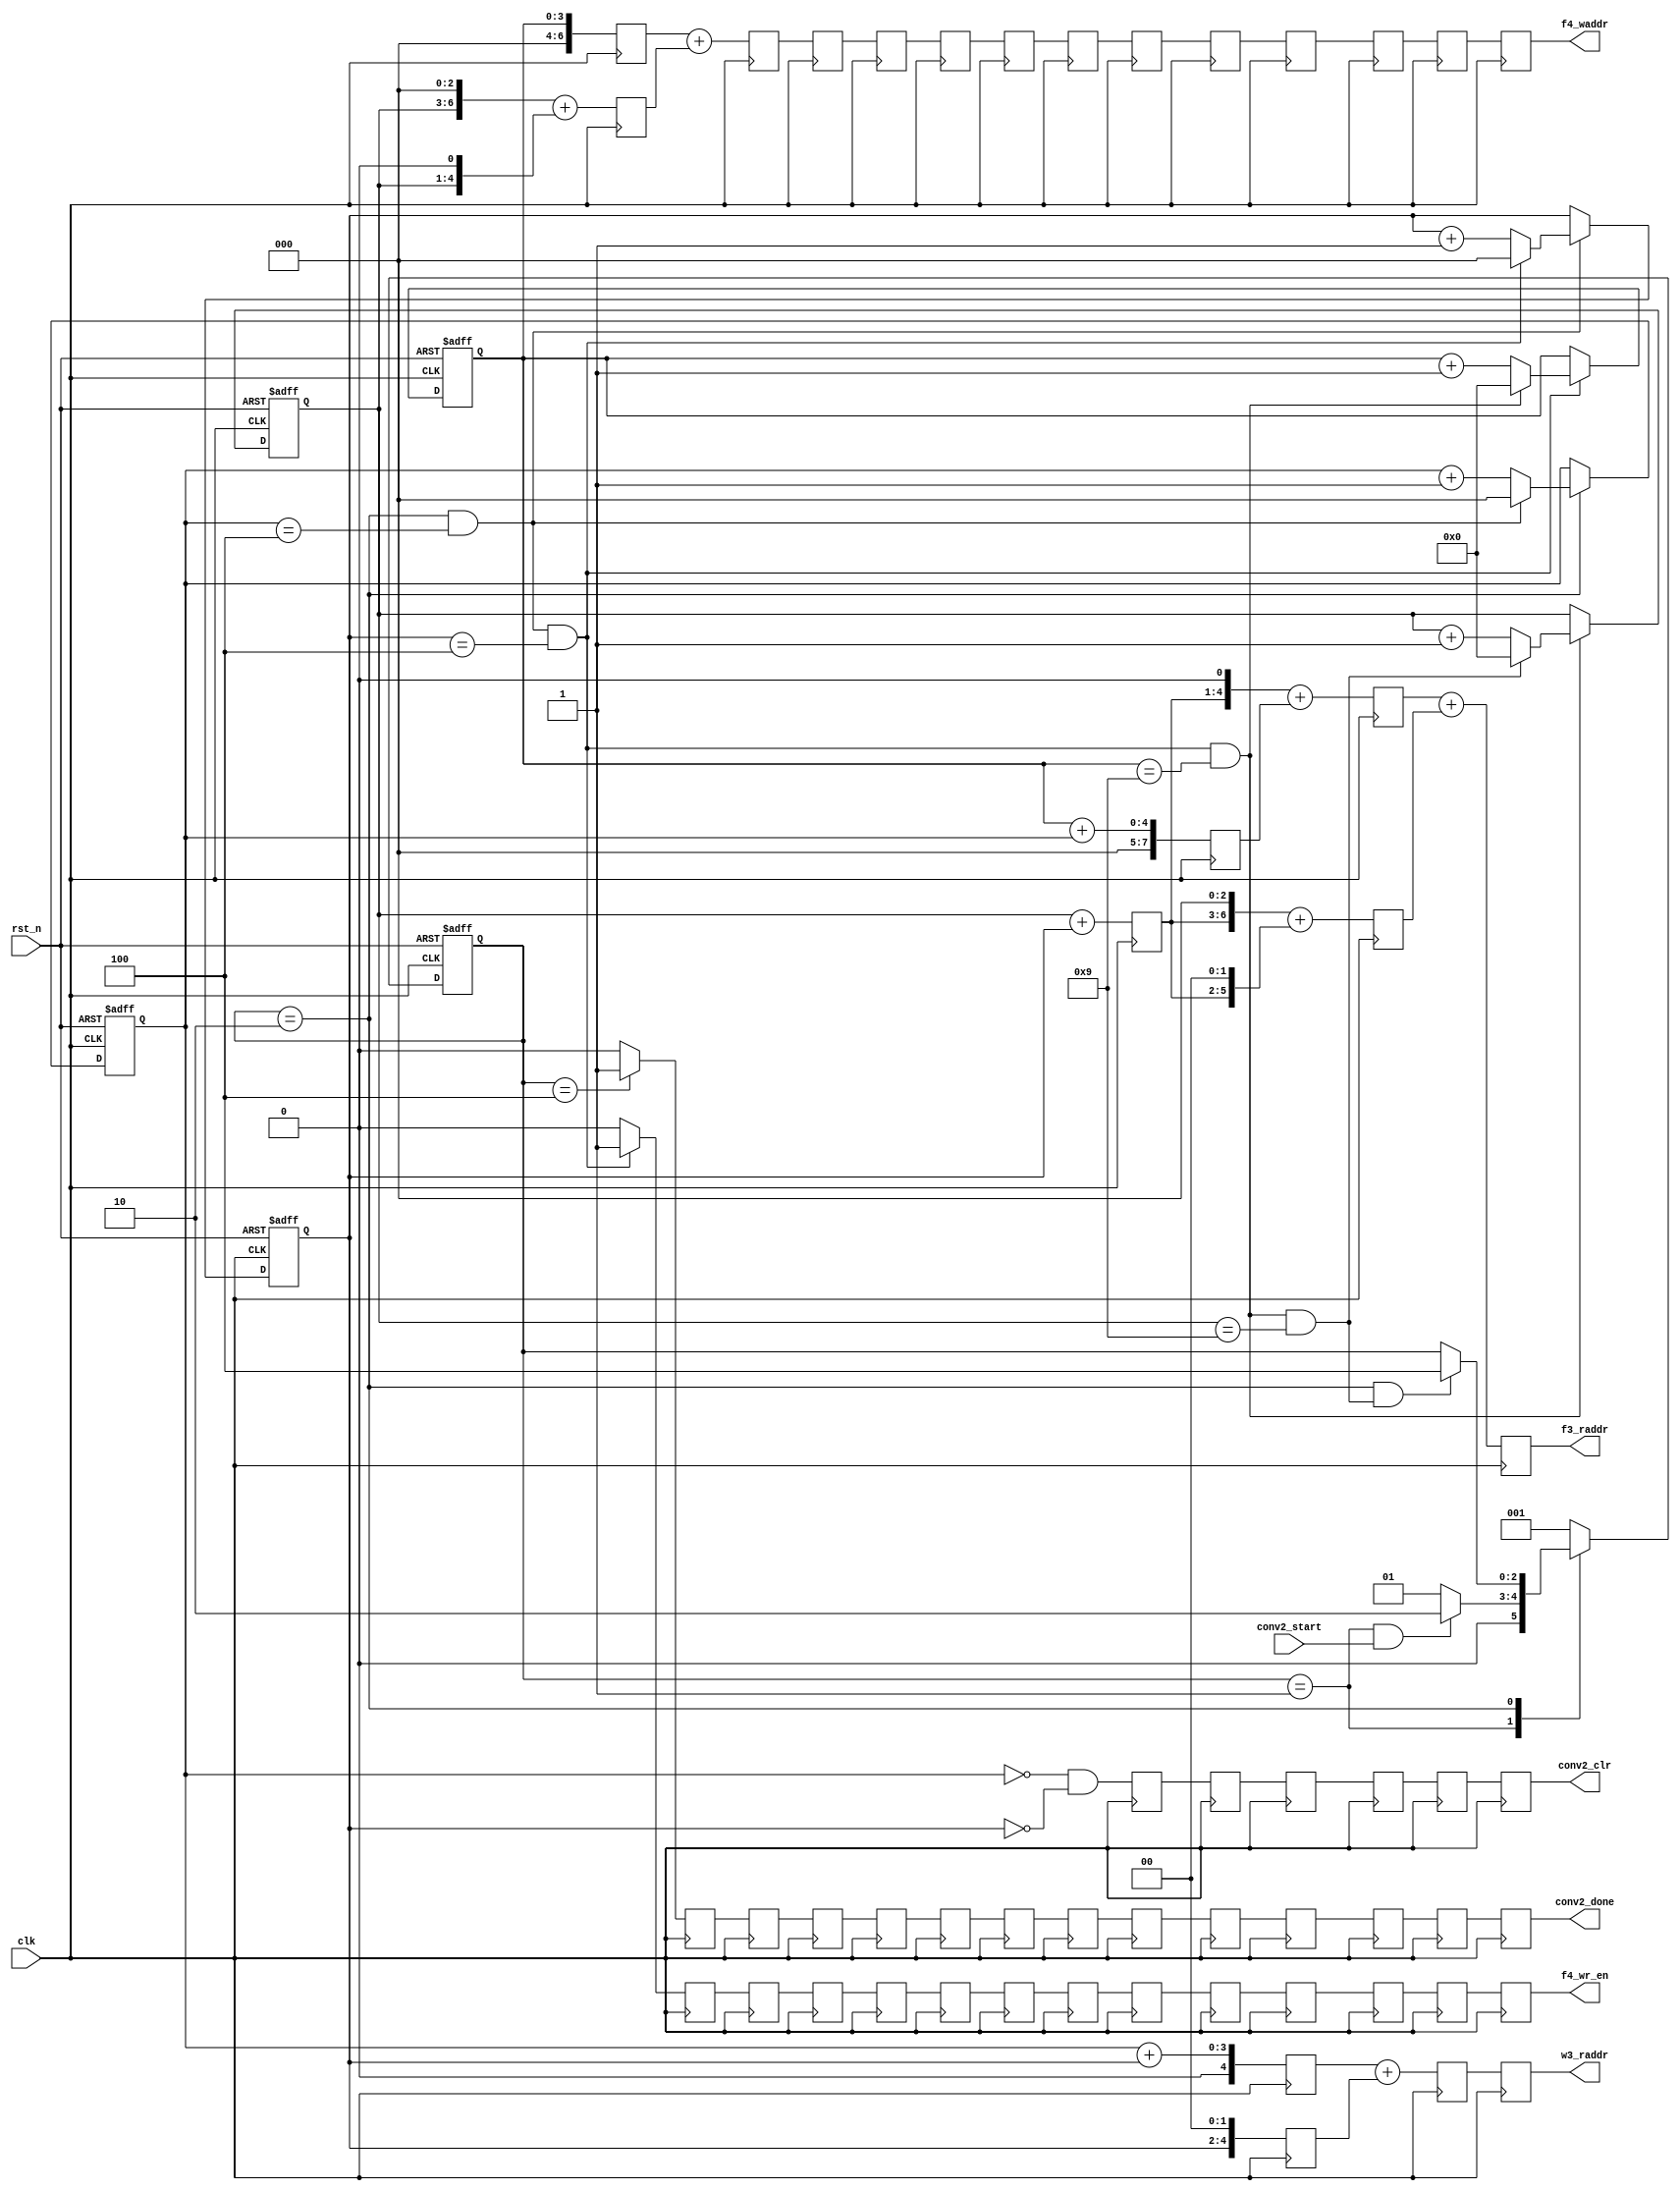
//==================================================================================================
//  Revision      : 
//  Company       : UESTC
//
//  Description   : Conv 2nd Layer Control Module.  Generate Read&Write Addr and Related Control 
//					Signals.
//
//==================================================================================================

module conv2_ctrl(/*autoport*/
//output
			w3_raddr,
			f3_raddr,
			f4_waddr,
			f4_wr_en,
			conv2_done,
			conv2_clr,
//input
			clk,
			rst_n,
			conv2_start);
	input  clk;
	input  rst_n;


	//Input Weight and Feature Read Addr
	output  [4:0] w3_raddr;
	output  [7:0] f3_raddr;

	//Output Feature Write Addr and Write Enable
	output  [6:0] f4_waddr;
	output        f4_wr_en;

	//Control Signal
	input         conv2_start;
	output        conv2_clr;
	output        conv2_done;

	localparam	IDLE=3'b001;
	localparam  RUN =3'b010;
	localparam  DONE=3'b100;
	reg[2:0] current_state;
	reg[2:0] next_state;

	reg[2:0] cnt0,cnt1;
	reg[3:0] cnt2,cnt3;
	wire add_cnt0,end_cnt0,add_cnt1,add_cnt2,end_cnt2,end_cnt1,add_cnt3,end_cnt3;

	wire IDLE2RUN_start,RUN2DONE_start;

	always@(posedge clk or negedge rst_n)begin
		if(!rst_n)
			current_state <= IDLE;
		else
			current_state <= next_state;
	end

	always@(*) begin
		case(current_state)
			IDLE:begin
				if(IDLE2RUN_start)
					next_state = RUN;
				else
					next_state = IDLE;
			end
			RUN:begin
				if(RUN2DONE_start)
					next_state = DONE;
				else begin
					next_state = current_state;
				end
			end
			DONE:begin
				next_state = IDLE;
			end
			default: next_state = IDLE;	
		endcase
	end

	assign IDLE2RUN_start = current_state==IDLE && conv2_start == 1'b1;
	assign RUN2DONE_start = current_state==RUN  && end_cnt3;

//cnt0 kernel column
	always @(posedge clk or negedge rst_n) begin
		if (!rst_n) begin
			// reset
			cnt0 <= 0;	
		end
		else if (add_cnt0) begin
			if(end_cnt0)
				cnt0 <= 0;
			else begin
				cnt0 <= cnt0 + 1'b1;
			end
		end
	end

	assign add_cnt0 = current_state==RUN;
	assign end_cnt0 = add_cnt0 && cnt0 == 5-1;	

//cnt1 kernel row
	always @(posedge clk or negedge rst_n) begin
		if (!rst_n) begin
			// reset
			cnt1 <= 0;	
		end
		else if (add_cnt1) begin
			if(end_cnt1)
				cnt1 <= 0;
			else begin
				cnt1 <= cnt1 + 1'b1;
			end
		end
	end

	assign add_cnt1 = end_cnt0;
	assign end_cnt1 = add_cnt1 && cnt1 == 5-1;

//cnt2:Feature column
	always @(posedge clk or negedge rst_n) begin
		if (!rst_n) begin
			// reset
			cnt2 <= 0;	
		end
		else if (add_cnt2) begin
			if(end_cnt2)
				cnt2 <= 0;
			else begin
				cnt2 <= cnt2 + 1'b1;
			end
		end

	end

	assign add_cnt2 = end_cnt1;
	assign end_cnt2 = add_cnt2 && cnt2 == 10-1;

//cnt3:Feature row
	always @(posedge clk or negedge rst_n) begin
		if (!rst_n) begin
			// reset
			cnt3 <= 0;	
		end
		else if (add_cnt3) begin
			if(end_cnt3)
				cnt3 <= 0;
			else begin
				cnt3 <= cnt3 + 1'b1;
			end
		end

	end

	assign add_cnt3 = end_cnt2;
	assign end_cnt3 = add_cnt3 && cnt3 == 10-1;

//---------------------------------------
//-----Address Generate------------------
//---------------------------------------
	//Read Address Gen, total 3 cycles delay
	reg [7:0]  f3_raddr_s1_1,f3_raddr_s1_2,f3_raddr_s2_1,f3_raddr_s2_2,f3_raddr_s3;        
	reg [4:0]  w3_raddr_s1_1,w3_raddr_s1_2,w3_raddr_s2,w3_raddr_s3;
	//f3_raddr = cnt2+cnt3*14+cnt0+cnt1*14;
	//w3_raddr = cnt0+cnt1*5;
	always@(posedge clk)begin
		f3_raddr_s1_1 <= cnt2+cnt0;
		f3_raddr_s1_2 <= cnt3+cnt1;
		f3_raddr_s2_1 <= {f3_raddr_s1_2[3:0],1'b0} + f3_raddr_s1_1;
		f3_raddr_s2_2 <= {f3_raddr_s1_2[3:0],3'b0}+{f3_raddr_s1_2[3:0],2'b0};
		f3_raddr_s3   <= f3_raddr_s2_1 + f3_raddr_s2_2;

		w3_raddr_s1_1 <= cnt0+cnt1;
		w3_raddr_s1_2 <= {cnt1[2:0],2'b0};
		w3_raddr_s2   <= w3_raddr_s1_1+w3_raddr_s1_2;
		w3_raddr_s3   <= w3_raddr_s2; 
	end

	assign f3_raddr = f3_raddr_s3;
	assign w3_raddr = w3_raddr_s3;

	

	//Write Address Gen
	wire[6:0] f4_waddr_temp;
	reg[6:0] f4_waddr_s1_1,f4_waddr_s1_2,f4_waddr_s2,f4_waddr_s3;
	//wr_addr = cnt3 * 10 + cnt2;
	always@(posedge clk)begin
		f4_waddr_s1_1 <= {cnt3[3:0],3'b0}+{cnt3[3:0],1'b0};
		f4_waddr_s1_2 <= cnt2;
		f4_waddr_s2   <= f4_waddr_s1_2 + f4_waddr_s1_1;
		f4_waddr_s3   <= f4_waddr_s2;
  	end
  	assign f4_waddr_temp = f4_waddr_s3;

//--------------------------------------
//----Control Signal Gen----------------
//--------------------------------------
	wire 	  conv2_clr_temp;
	wire      f4_wr_en_temp;
	wire      conv2_done_temp;

	assign f4_wr_en_temp = end_cnt1? 1'b1:1'b0;
	assign conv2_done_temp = current_state==DONE? 1'b1:1'b0;
	assign conv2_clr_temp = cnt0==0 && cnt1==0;

//-----------------------------------------
//--Registers Stage to Meet Correct Timing-
//-----------------------------------------
//10 cycles for f4_waddr_temp,
//13 for f4_wr_en_temp,
//13 for conv2_done_temp,
//7 for conv2_clr_temp
	reg [6:0]   f4_waddr_reg[10:0];
	reg  		f4_wr_en_reg[13:0];
	reg  	    conv2_done_reg[13:0];
	reg  		conv2_clr_reg[6:0];
	always@*begin
		 f4_waddr_reg[0] = f4_waddr_temp;
		 f4_wr_en_reg[0] = f4_wr_en_temp;
		 conv2_clr_reg[0] = conv2_clr_temp;
		 conv2_done_reg[0] = conv2_done_temp;
	end
	generate
		genvar i,j,k;
		for (i = 0; i < 10; i = i + 1)
		begin:reg_gen1
		//addr2data delay 2
		//mult delay 3
		//channel adder delay 3
		//Bias delay 1
		//ReLU  delay 1
			always@(posedge clk)begin
				f4_waddr_reg[i+1] <= f4_waddr_reg[i];
			end
		end
		for (j = 0; j < 13; j = j + 1)
		begin:reg_gen2
		//f1_raddr delay 3
		//addr2data delay 2
		//mult delay 3
		//channel adder delay 3
		//Bias delay 1
		//ReLU  delay 1
			always@(posedge clk)begin
				f4_wr_en_reg[j+1] <= f4_wr_en_reg[j];
				conv2_done_reg[j+1] <= conv2_done_reg[j];
			end
		end
		for (k = 0; k < 6; k = k + 1)
		begin:reg_gen3
		//conv_clr should assert at 2nd cycle of mac, DSP include 1, so here is 3 + 2 + 2 - 1
			always@(posedge clk)begin
				conv2_clr_reg[k+1] <= conv2_clr_reg[k];
			end
		end		
	endgenerate
	
    //(* max_fanout = 50 *)reg conv2_clr_r6;

//output to external
	assign f4_waddr 	= f4_waddr_reg[10];
	assign f4_wr_en  = f4_wr_en_reg[13];
	assign conv2_done   = conv2_done_reg[13];
	assign conv2_clr    = conv2_clr_reg[6];
	
endmodule